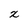
Character: x